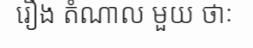
រឿង តំណាល មួយ ថាៈ